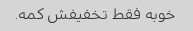
خوبه فقط تخفیفش کمه.